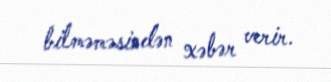
bilməməsindən xəbər verir.